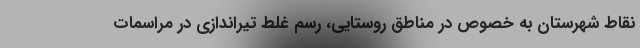
نقاط شهرستان به خصوص در مناطق روستایی، رسم غلط تیراندازی در مراسمات